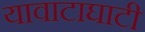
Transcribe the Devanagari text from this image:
यावाटाघाटी